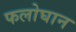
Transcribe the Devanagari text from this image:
फलोघान